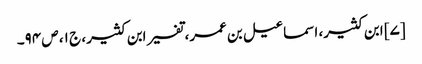
[۷] ابن کثیر، اسماعیل بن عمر، تفسیر ابن کثیر، ج ۱، ص ۹۴۔